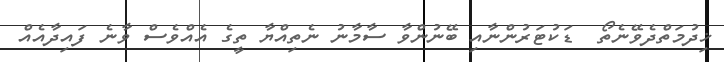
ޚިދުމަތްދެވޭނެތޯ  ޑަކުޓަރުންނާއި ބޭނުންވާ ސާމާނު ނެތިއްޔާ ތީގެ އެއްވެސް ވާނެ ފައިދާއެއް